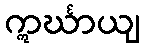
ဣင်္ဃာယျ